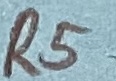
Text: R5